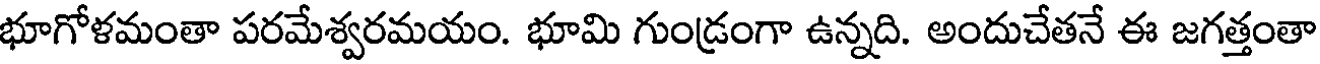
భూగోళమంతా పరమేశ్వరమయం. భూమి గుండ్రంగా ఉన్నది. అందుచేతనే ఈ జగత్తంతా